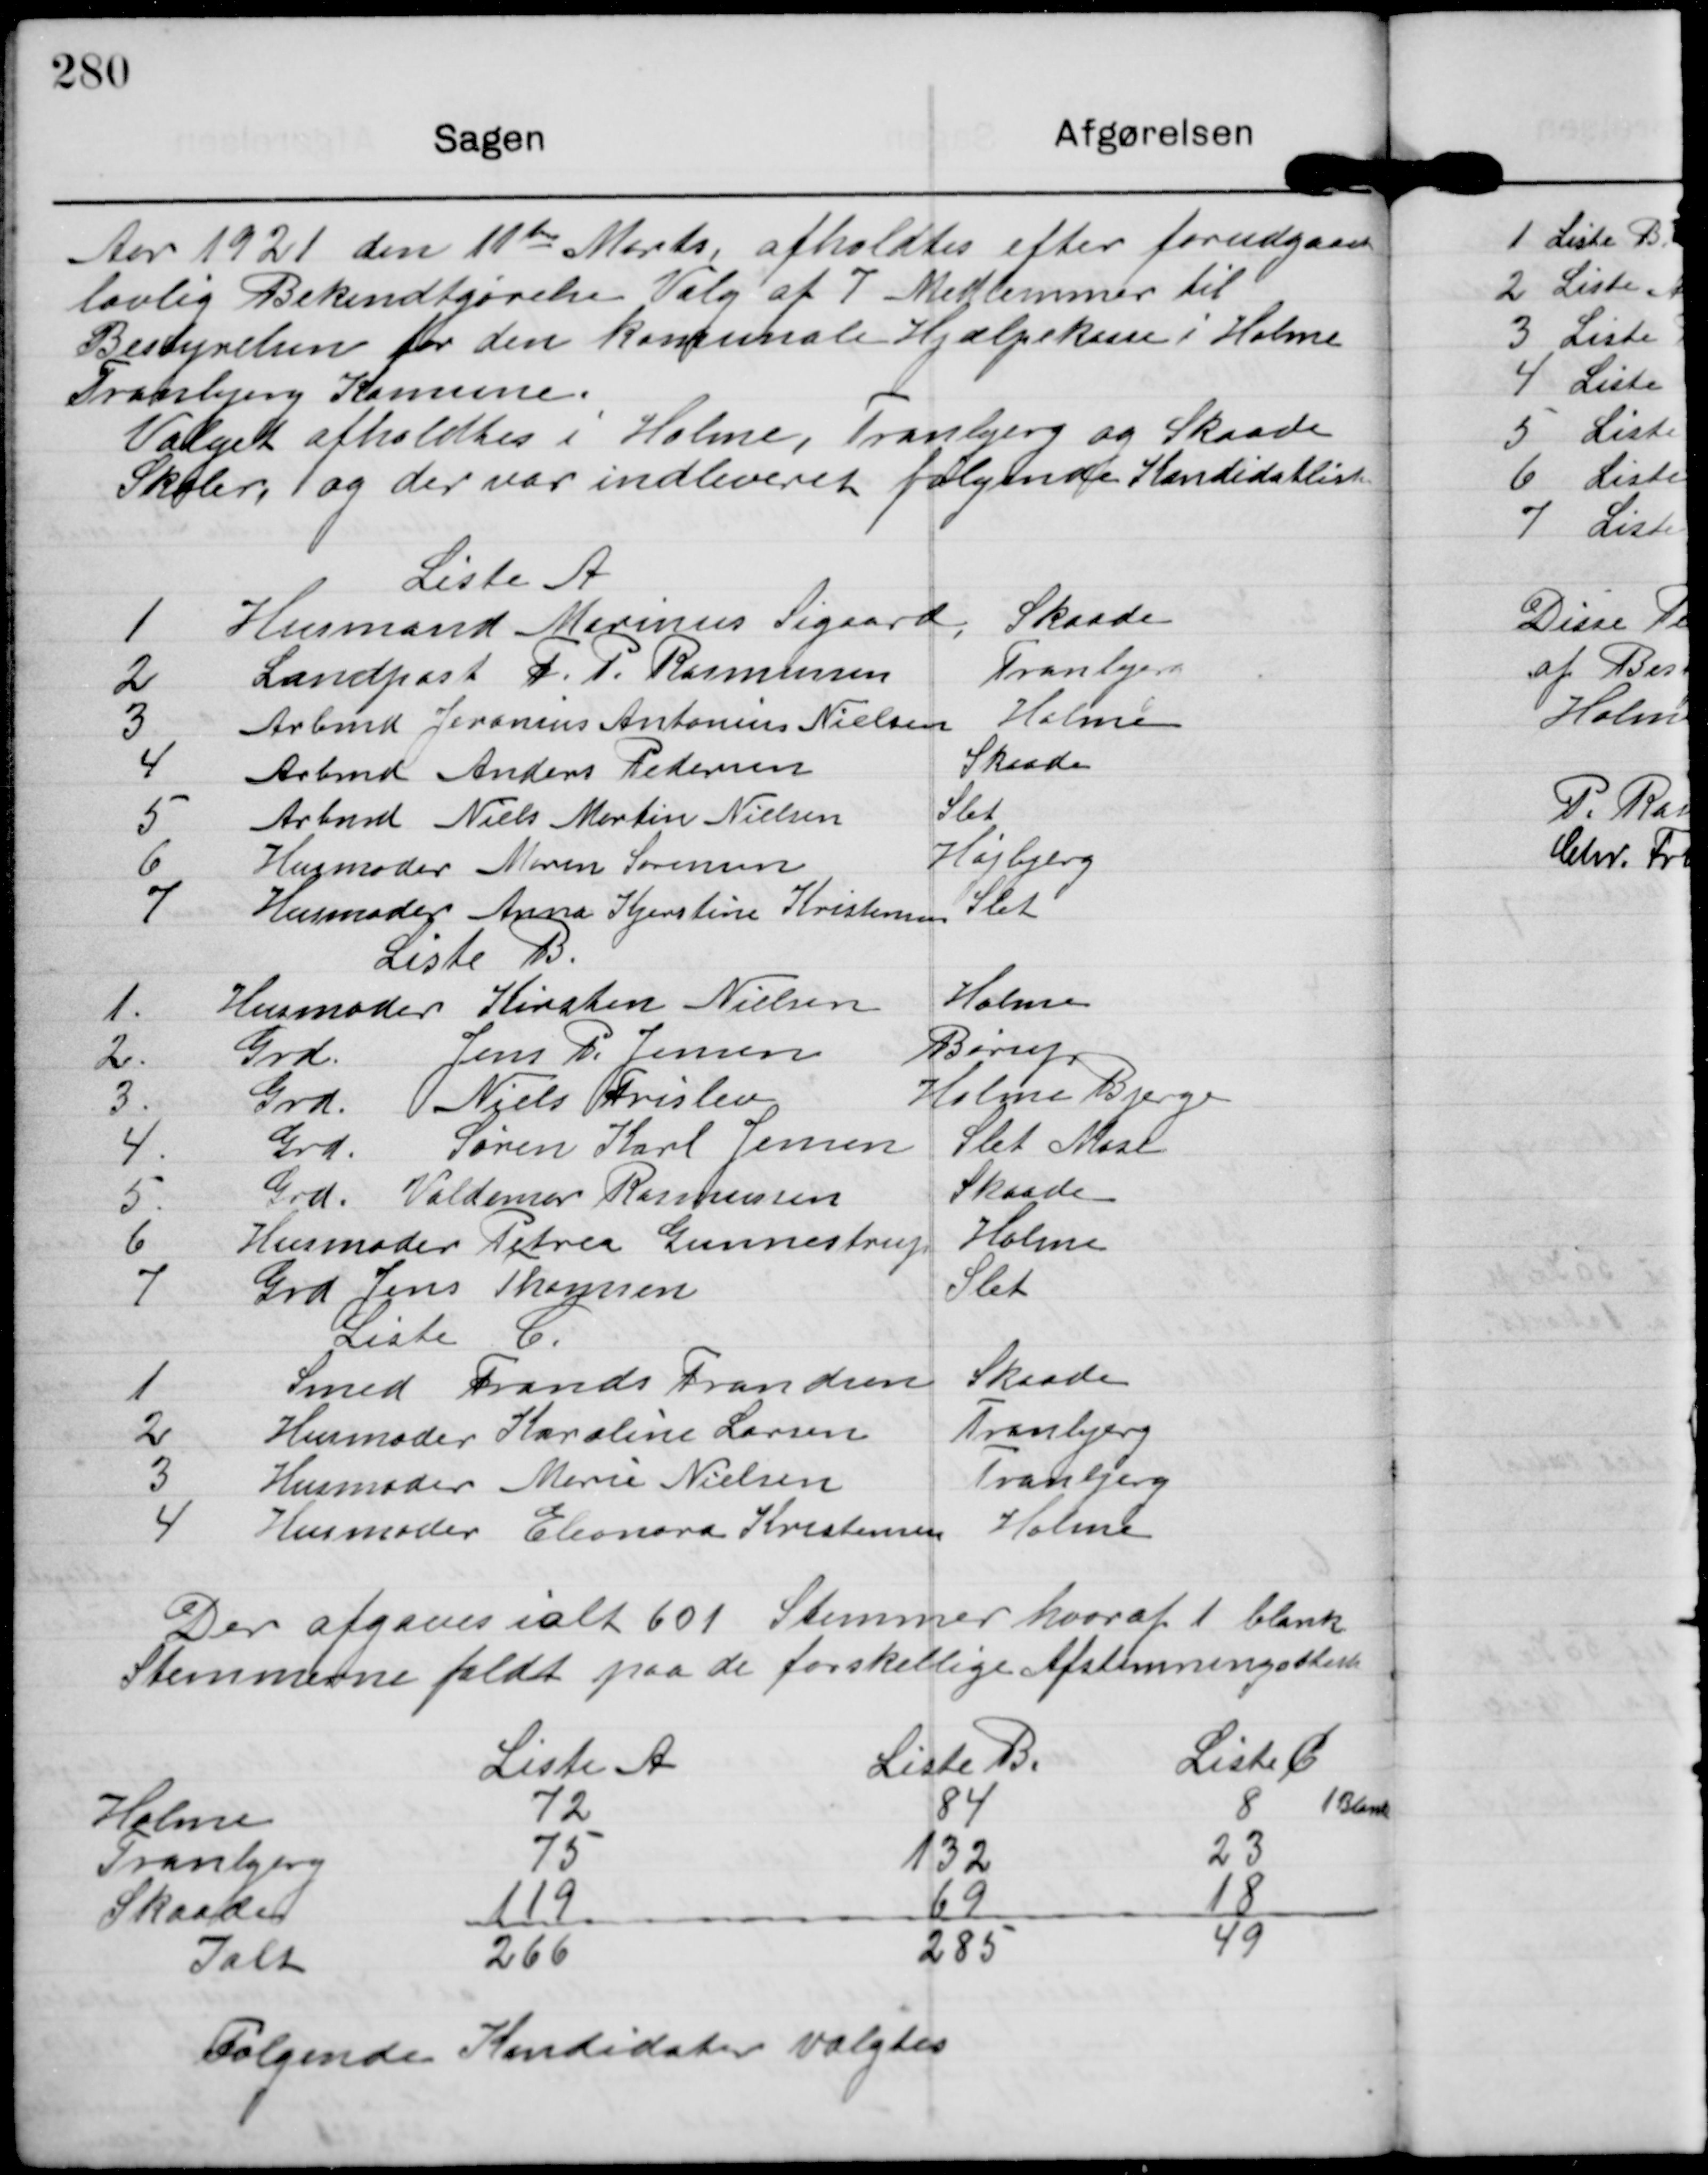
Transskription:
Aar 1921 den 11te Marts afholdtes efter forudgaaen
lovlig Bekendtgørelse Valg at 7 Medlemmer til
Bestyrelsen for den komunale Hjælpekasse i Holme
Tranbjerg Komune
Valget afholdtes i Holme, Tranbjerg og Skaade
Skoler, og der var indleveret følgende Kandidatliste.

Liste A
1 Husmand Marinus Sigaard, Skaade.
2 Landpost F. P. Rasmussen Tranbjerg.
3 Arbmd Jeronius Antonius Nielsen Holme
4 Arbmd Anders Pedersen Skeade.
5 Arbmd Niels Martin Nielsen Slet
6 Husmoder Maren Sørensen Højbjerg.
7 Husmoder Anna Kjerstine Kristensen Slet

Liste B.
1. Husmoder Kirsten Nielsen Holme
2. Grd. Jens P. Jensen Børup
3. Grd. Niels Frislev Holme Bjenge
4. Grd. Søren Karl Jensen Slet Mose
5. Grd. Valdemar Rasmussen Skaade.
6 Husmoder Petrea Gunnestrup Holme
7 Grd Jens Thyssen
Slet

Liste C
1 Smed Frands Frandsen Skaade
2 Husmoder Karoline Larsen Tranbjerg
3 Husmoder Marie Nielsen Tranbjerg.
4 Husmoder Eleonora Kristensen Holme

Der afgaves ialt 601 Stemmer hvoraf 1 blank
Stemmerne faldt paa de forskellige Afstemningsliste